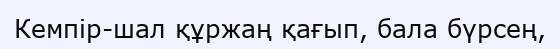
Кемпір-шал құржаң қағып, бала бүрсең,